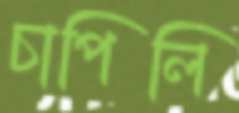
চাপিলি